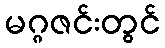
မဂ္ဂဇင်းတွင်